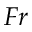
F r